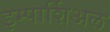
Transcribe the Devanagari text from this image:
इम्पार्शिअल